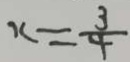
x = \frac { 3 } { 4 }